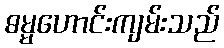
ဓမ္မဟောင်းကျမ်းသည်